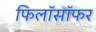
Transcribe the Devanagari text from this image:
फिलॉसॉफर